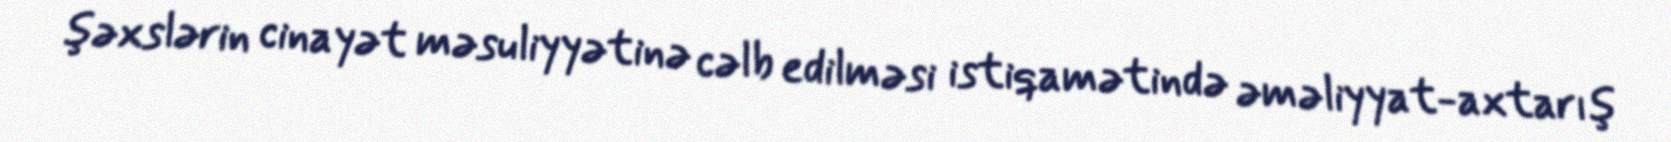
şəxslərin cinayət məsuliyyətinə cəlb edilməsi istiqamətində əməliyyat-axtarış